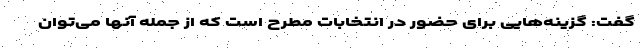
گفت: گزینه‌هایی برای حضور در انتخابات مطرح است که از جمله آنها می‌توان